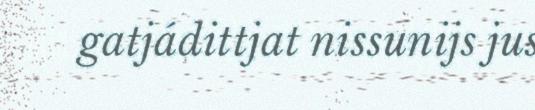
gatjádittjat nissunijs jus